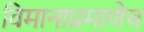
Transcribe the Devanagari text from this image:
विमानाप्रमाणेच